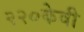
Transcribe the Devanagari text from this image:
२२०केवी